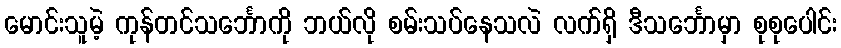
မောင်းသူမဲ့ ကုန်တင်သင်္ဘောကို ဘယ်လို စမ်းသပ်နေသလဲ လက်ရှိ ဒီသင်္ဘောမှာ စုစုပေါင်း